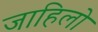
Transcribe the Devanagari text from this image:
जाहिलो